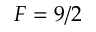
F = 9 / 2